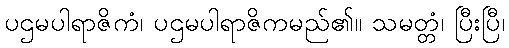
ပဌမပါရာဇိကံ၊ ပဌမပါရာဇိကမည်၏။ သမတ္တံ၊ ပြီးပြီ၊